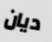
ديان